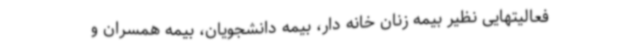
فعالیتهایی نظیر بیمه زنان خانه دار، بیمه دانشجویان، بیمه همسران و